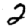
Digit: 2